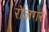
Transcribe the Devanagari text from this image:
रोजगर